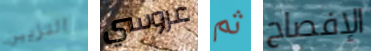
التزيين عروسي ثم الإفصاح